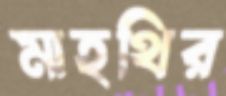
মাহথির